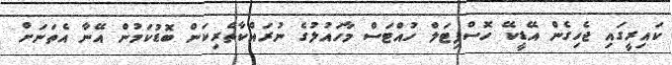
ކައިރީގައި ޖެހިގެން އޭޑީކޭ ހޮސްޕިޓަލް ހުއްޓަސް މާހައުލުގެ ނުރައްކާތެރިކަން ބޮޑުކަމުން އޭނާ އެތަނަށް